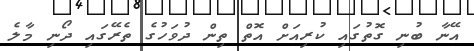
އޭނާ ބުނި ގޮތުގައި ކުރިއަށް އޮތް ތިން ދުވަހުގެ ތެރޭގައި ދޯނި މާލެ